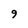
Character: 9